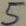
Text: 5